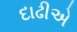
દાઢીએ